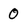
Character: 0